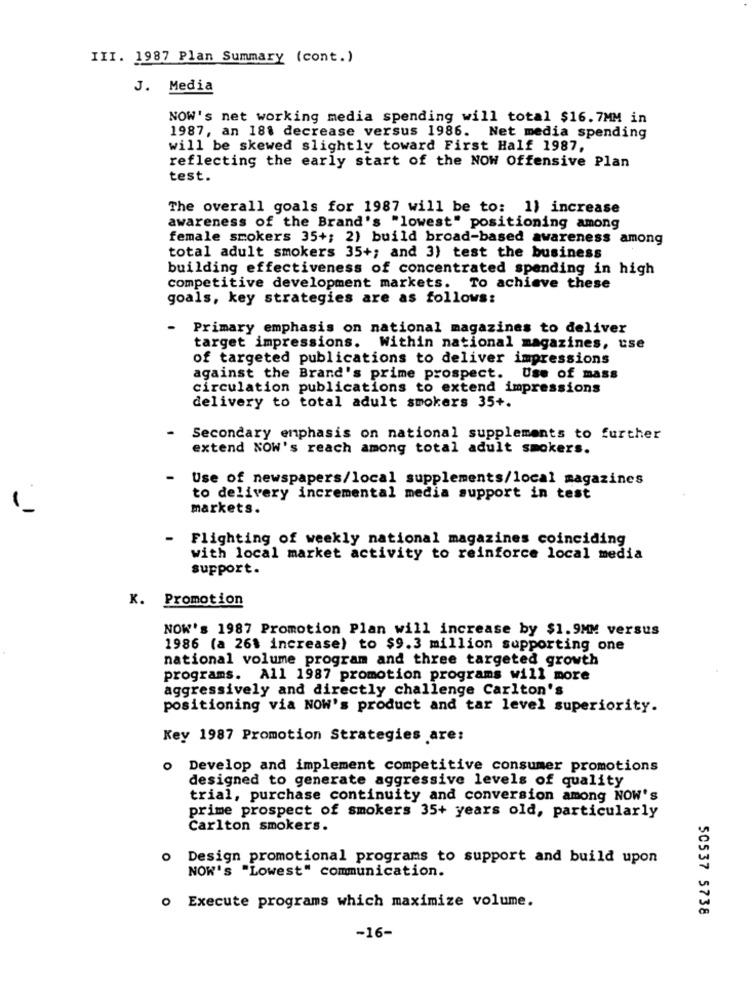
III. 1987 Plan Summary (cont.)
J. Media
NOW's net working media spending will total $16.7MM in
1987, an 18% decrease versus 1986. Net media spending
will be skewed slightly toward First Half 1987,
reflecting the early start of the NOW Offensive Plan
test.
The overall goals for 1987 will be to: 1) increase
awareness of the Brand's "lowest" positioning among
female smokers 35+; 2) build broad-based awareness among
total adult smokers 35+; and 3) test the business
building effectiveness of concentrated spending in high
competitive development markets. To achieve these
goals, key strategies are as follows:
- Primary emphasis on national magazines to deliver
target impressions. Within national magazines, use
of targeted publications to deliver impressions
against the Brand's prime prospect. Use of mass
circulation publications to extend impressions
delivery to total adult smokers 35+.
Secondary emphasis on national supplements to further
extend NOW's reach among total adult smokers.
-
Use of newspapers/local supplements/local magazines
to delivery incremental media support in test
markets.
- Flighting of weekly national magazines coinciding
with local market activity to reinforce local media
support.
K. Promotion
NOW's 1987 Promotion Plan will increase by $1.9MM versus
1986 (a 26% increase) to $9.3 million supporting one
national volume program and three targeted growth
programs. All 1987 promotion programs will more
aggressively and directly challenge Carlton's
positioning via NOW's product and tar level superiority.
Key 1987 Promotion Strategies are:
O
Develop and implement competitive consumer promotions
designed to generate aggressive levels of quality
trial, purchase continuity and conversion among NOW's
prime prospect of smokers 35+ years old, particularly
Carlton smokers.
o Design promotional programs to support and build upon
NOW'S "Lowest" communication.
o Execute programs which maximize volume.
50537 5738
-16-